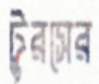
টুরসের